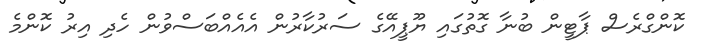
ކޮންގްރެސް ޕާޓީން ބުނާ ގޮތުގައި ޔޫޕީއޭގެ ސަރުކާރުން އެއެއްބަސްވުން ހެދި އިރު ކޮންމެ